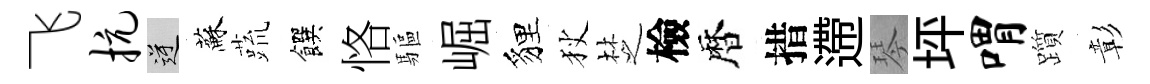
飞抗逆蘇蔬饌恪驅崛貍狄椘檢暦措遰琴坪喟躓彰